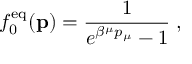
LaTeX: f _ { 0 } ^ { \mathrm { e q } } ( { \bf p } ) = { \frac { 1 } { e ^ { \beta ^ { \mu } p _ { \mu } } - 1 } } \; ,